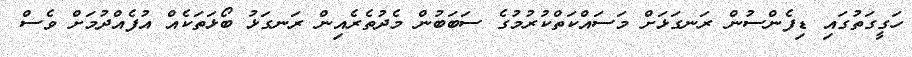
ހަގީގަތުގައި ޑިފެންސުން ރަނގަޅަށް މަސައްކަތްކުރުމުގެ ސަބަބުން މެދުތެރެއިން ރަނގަޅު ބޯޅަތަކެއް އުފެއްދުމަށް ވެސް